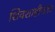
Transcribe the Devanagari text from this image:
शिवशाहीनंतर